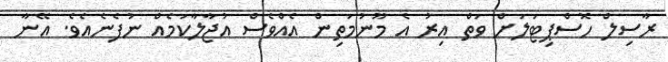
ރާސިލް ހޮސްޕިޓަލަށް ވަތް އިރު އެ މޫނުމަތިން އެއްވެސް އުޖާލާކަމެއް ނުފެނެއެވެ. އޭނާ